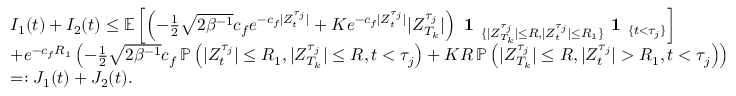
\begin{array} { r l } & { I _ { 1 } ( t ) + I _ { 2 } ( t ) \leq \mathbb { E } \left[ \left( - \frac { 1 } { 2 } \sqrt { 2 \beta ^ { - 1 } } c _ { f } e ^ { - c _ { f } | Z _ { t } ^ { \tau _ { j } } | } + K e ^ { - c _ { f } | Z _ { t } ^ { \tau _ { j } } | } | Z _ { T _ { k } } ^ { \tau _ { j } } | \right) \textbf { 1 } _ { \{ | Z _ { T _ { k } } ^ { \tau _ { j } } | \leq R , | Z _ { t } ^ { \tau _ { j } } | \leq R _ { 1 } \} } \textbf { 1 } _ { \{ t < \tau _ { j } \} } \right] } \\ & { + e ^ { - c _ { f } R _ { 1 } } \left( - \frac { 1 } { 2 } \sqrt { 2 \beta ^ { - 1 } } c _ { f } \, \mathbb { P } \left( | Z _ { t } ^ { \tau _ { j } } | \leq R _ { 1 } , | Z _ { T _ { k } } ^ { \tau _ { j } } | \leq R , t < \tau _ { j } \right) + K R \, \mathbb { P } \left( | Z _ { T _ { k } } ^ { \tau _ { j } } | \leq R , | Z _ { t } ^ { \tau _ { j } } | > R _ { 1 } , t < \tau _ { j } \right) \right) } \\ & { = : J _ { 1 } ( t ) + J _ { 2 } ( t ) . } \end{array}